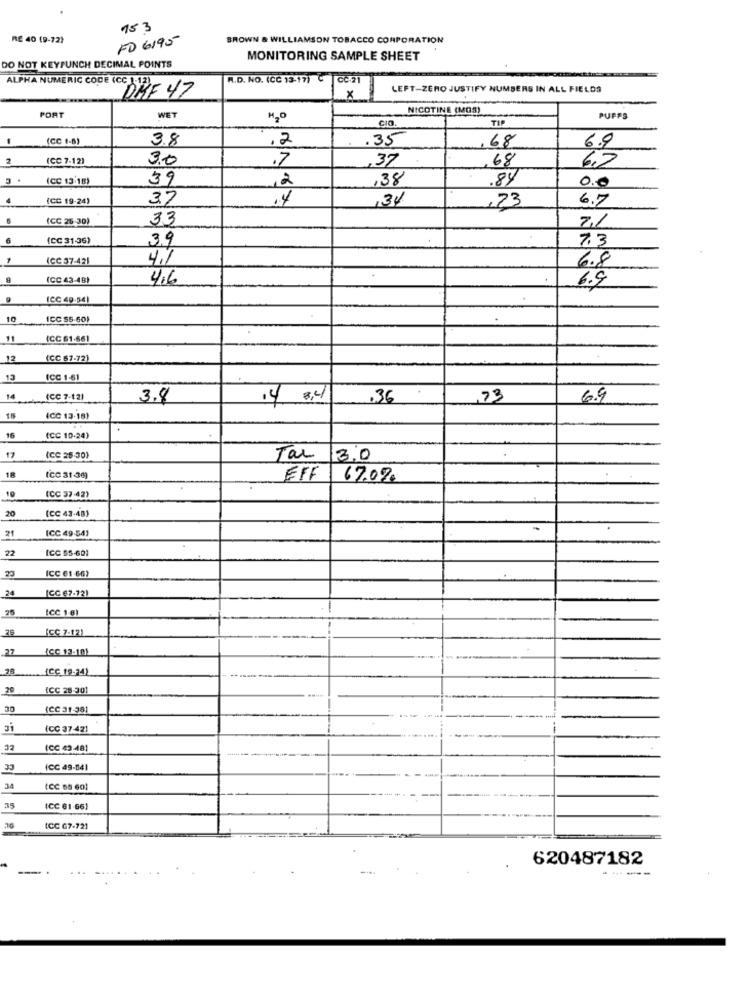
153
RE 40 (9-72)
FD 6195
BROWN & WILLIAMSON TOBACCO CORPORATION
MONITORING SAMPLE SHEET
DO NOT KEYFUNCH DECIMAL POINTS
R.D. NO. (CC 13-17) C
ALPHA NUMERIC CODE (CC )12)
LEFT-ZERO JUSTIFY NUMBERS IN ALL FIELDS
DHF 47
x
PORT
NICOTINE (MOS)
WET
M20
CIO
TIP
PUFFS
-
(CC 1-B)
3.8
.2
.35
68
6.9
2
(CC 7-12)
3.0
.7
,37
68
6.2
(CC 13-18)
39
2
,38
.84
0.0
4
(CC 19-24)
3.7
,34
,23
6.7
(CC 26:30)
33
7.1
6
(CC 31-36)
39
7.3
ICC 37-421
4.1
6.8
(CC 43-48)
4.6
6.9
ICC 49.54)
10
ICC 56 60)
11
ICC 61-661
12
(CC 67-72)
13
ICC 1-61
14
(CC 7-12)
3.8
14 3.4
.36
,73
6.9
15
(CC 13-18)
16
(CC 10-24)
17
(CC 25-30)
Tar
3.0
18
EFF
67.07.
10
(CC 37-42)
20
(CC 43-48)
21
[CC 49-541
22
ICC 55-601
23
ICC 61 -66)
(CC 67-12)
25
[CC 1.6)
[CC 7-12)
27
ICC 13-101
ICC 19-24)
20
{CC 28-301
30
(CC 31-381
ai
(CC 37-421
32
(CC 43-481
33
ICC 49-841
34
(CC 65 60)
35
(CC 61-661
ICC G7-721
620487182
----